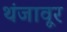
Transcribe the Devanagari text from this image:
थंजावूर